Annual returns of the Patna Lunatic Asylum at Bankipore in Bihar and Orissa - 1912-1924
Year: 1912
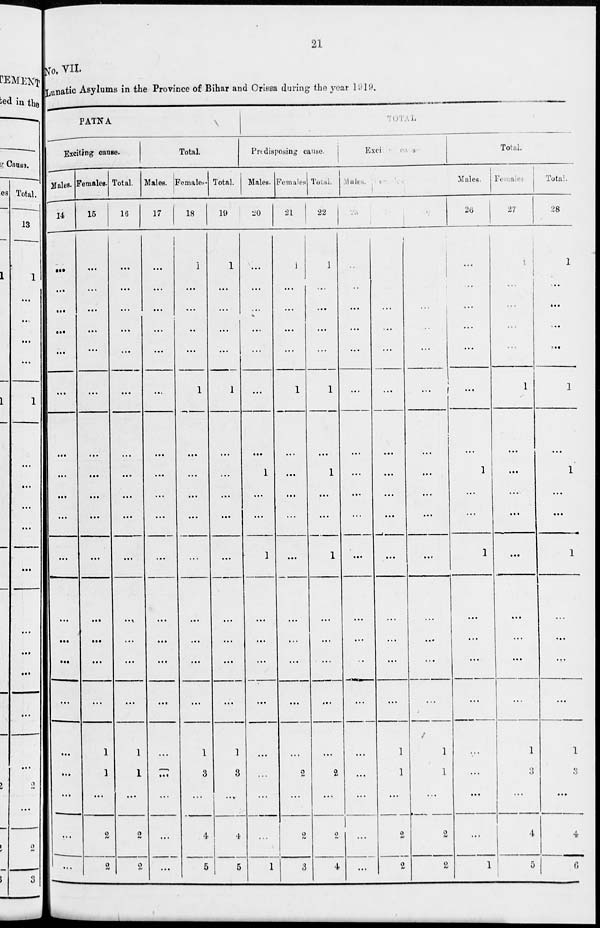
21
No. VII.
Lunatic Asylums in the Province of Bihar and Orissa during the year 1919.
PATNA
Exciting cause.
Males.
14
...
...
...
...
...
...
...
...
...
...
...
...
...
...
...
...
...
...
...
...
Females.
15
...
...
...
...
...
...
...
...
...
...
...
...
...
...
...
1
1
...
2
2
Total.
16
...
...
...
...
...
...
...
...
...
...
...
...
...
...
...
1
1
...
2
2
Total.
Males.
17
...
...
...
...
...
...
...
....
...
...
...
...
...
...
...
...
...
...
...
...
Females.
18
1
...
...
...
...
1
...
...
...
...
...
...
...
...
...
1
3
...
4
5
Total.
19
1
...
...
...
...
1
...
...
...
...
...
...
...
...
...
1
3
...
4
5
TOTAL.
Predisposing cause.
Males.
20
...
...
...
...
...
...
...
1
...
...
1
...
...
...
...
...
...
...
...
1
Females
21
1
...
...
...
...
1
...
...
...
...
...
...
...
...
...
...
2
...
2
3
Total.
22
1
...
...
...
...
1
...
1
...
...
1
...
...
...
...
...
2
...
2
4
Excitings cause.
Males.
23
...
...
...
...
...
...
...
...
...
...
...
...
...
...
...
...
...
...
...
...
Females.
24
...
...
...
...
...
...
...
...
...
...
...
...
...
...
...
1
1
...
2
2
Total.
25
...
...
...
...
...
...
...
...
...
...
...
...
...
...
...
1
1
2
2
Total.
Males.
26
...
...
...
...
...
...
...
1
...
...
1
...
...
...
...
...
...
...
...
1
Females.
27
1
...
...
...
...
1
...
...
...
...
...
...
...
...
...
1
3
...
4
5
Total.
28
1
...
...
...
...
1
...
1
...
...
1
...
...
...
...
1
3
...
4
6